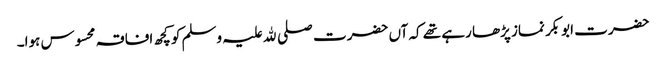
حضرت ابوبکر نماز پڑھا رہے تھے کہ آں حضرت صلی ﷲ علیہ وسلم کو کچھ افاقہ محسوس ہوا۔